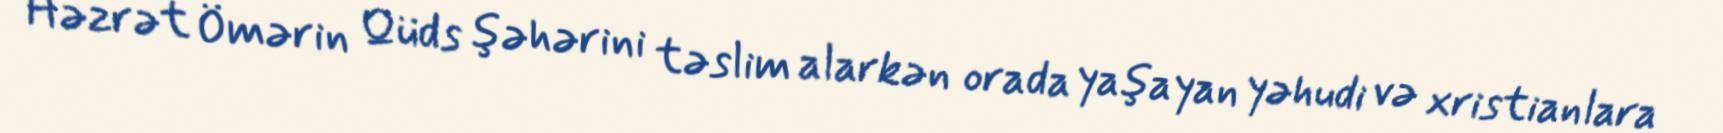
Həzrət Ömərin Qüds şəhərini təslim alarkən orada yaşayan yəhudi və xristianlara